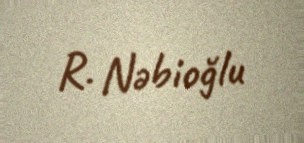
R. Nəbioğlu